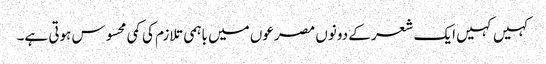
کہیں کہیں ایک شعر کے دونوں مصرعوں میں باہمی تلازم کی کمی محسوس ہوتی ہے۔